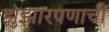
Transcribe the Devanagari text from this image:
झुंझारपणाची